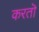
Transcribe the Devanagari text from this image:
करतॊ